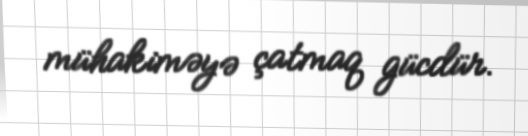
mühakiməyə çatmaq gücdür.